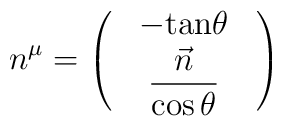
n^{\mu}=\left( \begin{array}{c}\begin{array}{c}-\mbox{tan}\theta \\ \displaystyle\frac{\vec n}{\cos \theta}\end{array}\end{array} \right)